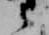
之